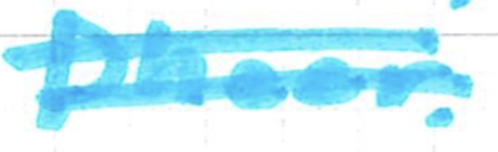
Text: Dheer.
Cross-out: double-line
Writing tool: marker